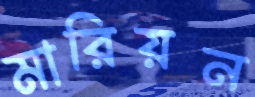
মারিয়ন